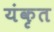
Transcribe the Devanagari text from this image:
यंकृत